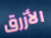
الأزرق